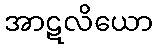
အာဋလိယော